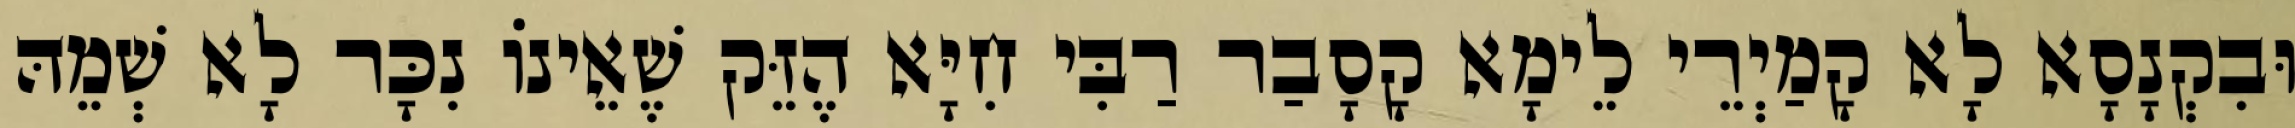
וּבִקְנָסָא לָא קָמַיְרֵי לֵימָא קָסָבַר רַבִּי חִיָּא הֶזֵּק שֶׁאֵינוֹ נִכָּר לָא שְׁמֵהּ